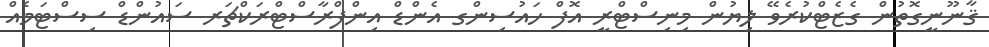
ޤާނޫނީގޮތުން ގެޒެޓްކުރެވޭ ލިޔުން މިނިސްޓްރީ އޮފް ހައުސިންގ އެންޑް އިންފްރާސްޓްރަކްޗަރ ސައުންޑް ސިސްޓަމެއް